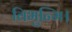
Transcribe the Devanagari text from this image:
विभुन्मि।